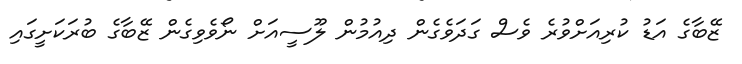
ޒޭބާގެ އަޑު ކުރިއަށްވުރެ ވެސް ގަދަވެގެން ދިއުމުން ލޫސީއަށް ނޯވެވިގެން ޒޭބާގެ ބުރަކަށީގައި